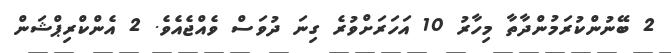
2 ބޭނުންކުރަމުންދާތާ މިހާރު 10 އަހަރަށްވުރެ ގިނަ ދުވަސް ވެއްޖެއެވެ. 2 އެންކްރިޕްޝަން